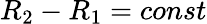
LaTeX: R_{2}-R_{1}=const